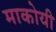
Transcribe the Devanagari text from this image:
माकोयी